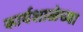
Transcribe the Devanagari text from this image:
कार्यशाळेच्या